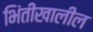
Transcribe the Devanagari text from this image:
भिंतीखालील